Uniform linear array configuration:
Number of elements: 64
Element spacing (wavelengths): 0.5
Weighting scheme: hann
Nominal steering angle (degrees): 60
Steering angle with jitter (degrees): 58.621
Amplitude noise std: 0.05
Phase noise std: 0.05

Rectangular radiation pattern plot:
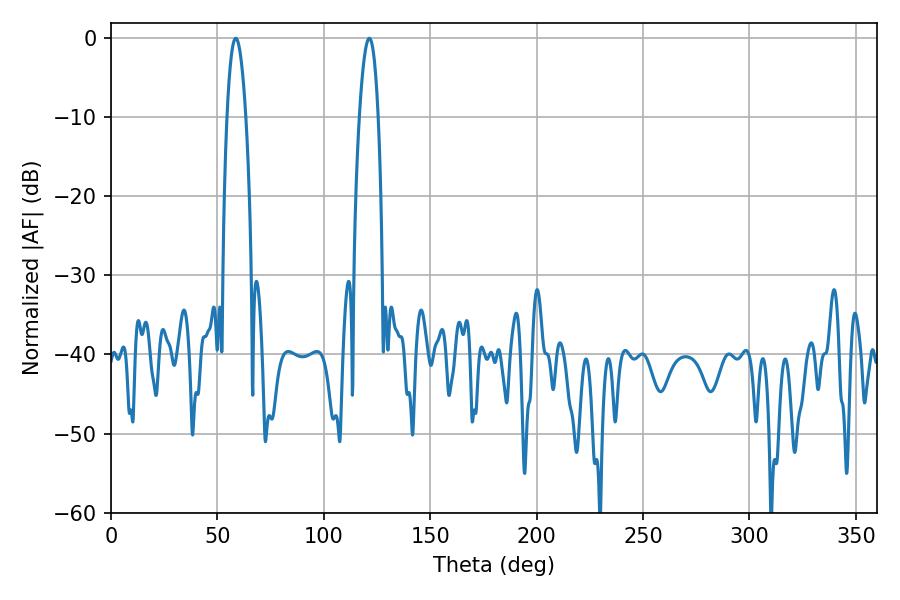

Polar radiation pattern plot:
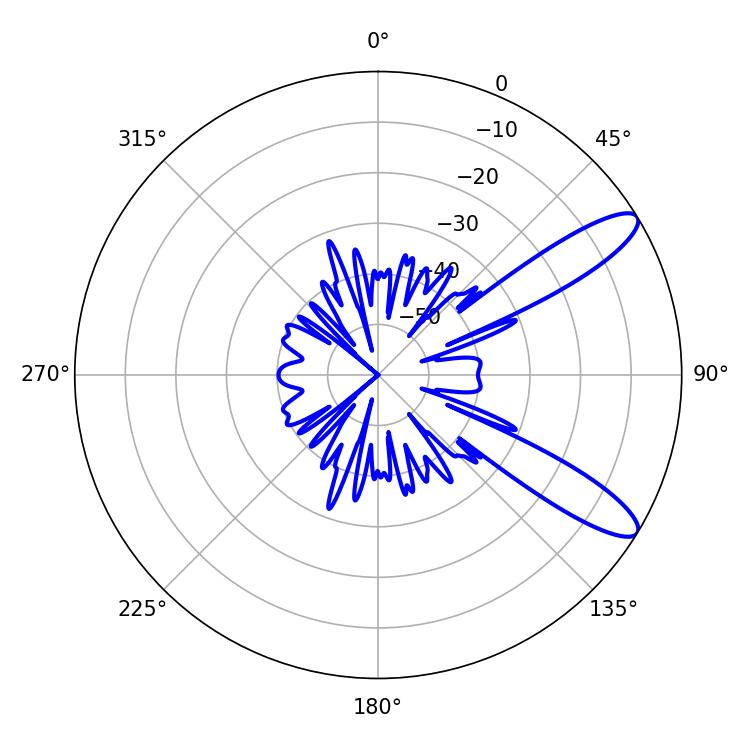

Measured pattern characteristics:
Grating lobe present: FALSE
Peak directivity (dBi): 11.034
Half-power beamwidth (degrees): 4.86
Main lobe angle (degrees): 58.68